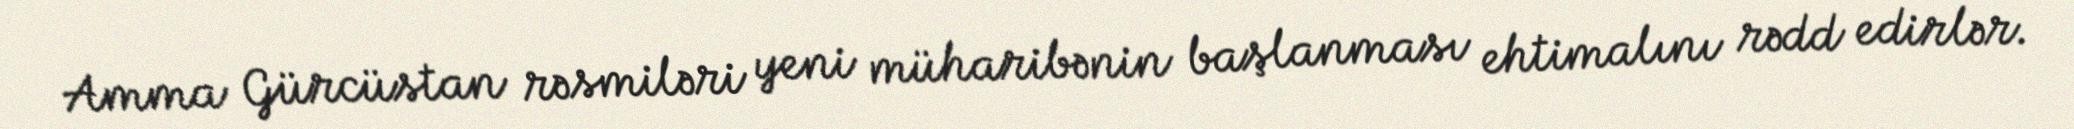
Amma Gürcüstan rəsmiləri yeni müharibənin başlanması ehtimalını rədd edirlər.